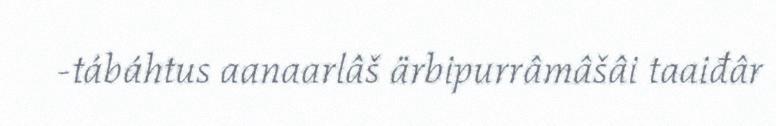
-tábáhtus aanaarlâš ärbipurrâmâšâi taaiđâr